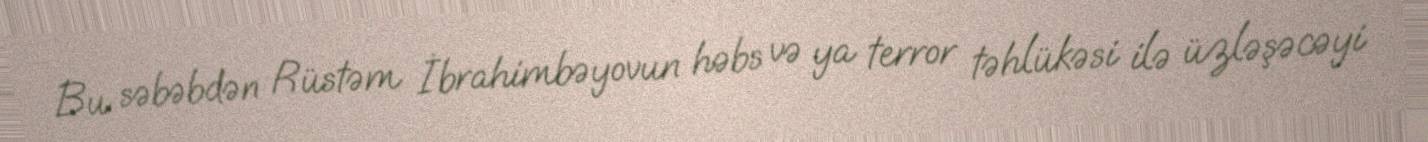
Bu səbəbdən Rüstəm İbrahimbəyovun həbs və ya terror təhlükəsi ilə üzləşəcəyi